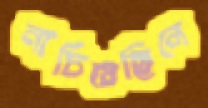
নাচিয়েছিলে